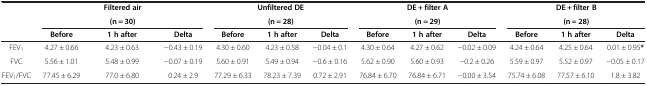
<table><thead><tr><td rowspan="2"><b> </b></td><td colspan="3"><b>Filtered air</b></td><td colspan="3"><b>Unfiltered DE</b></td><td colspan="3"><b>DE + filter A</b></td><td colspan="3"><b>DE + filter B</b></td></tr><tr><td colspan="3"><b>(n = 30)</b></td><td colspan="3"><b>(n = 28)</b></td><td colspan="3"><b>(n = 29)</b></td><td colspan="3"><b>(n = 28)</b></td></tr><tr><td><b> </b></td><td><b>Before</b></td><td><b>1 h after</b></td><td><b>Delta</b></td><td><b>Before</b></td><td><b>1 h after</b></td><td><b>Delta</b></td><td><b>Before</b></td><td><b>1 h after</b></td><td><b>Delta</b></td><td><b>Before</b></td><td><b>1 h after</b></td><td><b>Delta</b></td></tr></thead><tbody><tr><td>FEV<sub>1</sub></td><td>4.27 ± 0.66</td><td>4.23 ± 0.63</td><td>-0.43 ± 0.19</td><td>4.30 ± 0.60</td><td>4.23 ± 0.58</td><td>-0.04 ± 0.1</td><td>4.30 ± 0.64</td><td>4.27 ± 0.62</td><td>-0.02 ± 0.09</td><td>4.24 ± 0.64</td><td>4.25 ± 0.64</td><td>0.01 ± 0.95<b>*</b></td></tr><tr><td>FVC</td><td>5.56 ± 1.01</td><td>5.48 ± 0.99</td><td>-0.07 ± 0.19</td><td>5.60 ± 0.91</td><td>5.49 ± 0.94</td><td>-0.6 ± 0.16</td><td>5.62 ± 0.90</td><td>5.60 ± 0.93</td><td>-0.2 ± 0.26</td><td>5.59 ± 0.97</td><td>5.52 ± 0.97</td><td>-0.05 ± 0.17</td></tr><tr><td>FEV<sub>1</sub>/FVC</td><td>77.45 ± 6.29</td><td>77.0 ± 6.80</td><td>0.24 ± 2.9</td><td>77.29 ± 6.33</td><td>78.23 ± 7.39</td><td>0.72 ± 2.91</td><td>76.84 ± 6.70</td><td>76.84 ± 6.71</td><td>-0.00 ± 3.54</td><td>75.74 ± 6.08</td><td>77.57 ± 6.10</td><td>1.8 ± 3.82</td></tr></tbody></table>